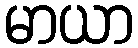
မာယာ